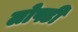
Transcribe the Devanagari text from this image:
लोफ्टी